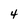
Character: 4